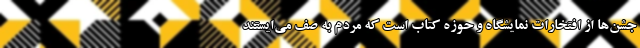
جشن‌ها از افتخارات نمایشگاه و حوزه کتاب است که مردم به صف می‌ایستند